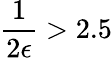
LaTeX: \frac{1}{2\epsilon}>2.5